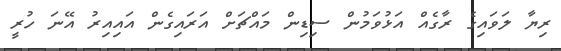
ރިޔާ ލަވައިގެ ރާގެއް އަޅުވަމުން ސިޑިން މައްޗަށް އަރައިގެން އައިއިރު އޭނަ ހުރީ